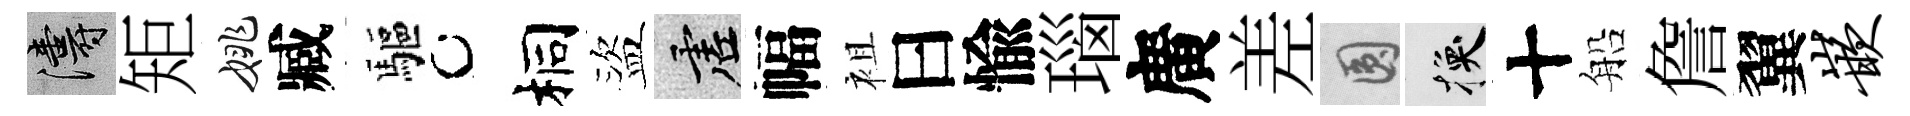
濤矩姚臧驅桐盜虚幅袓曰愉瑙廣差圓换十船詹翼嵌